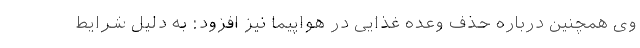
وی همچنین درباره حذف وعده غذایی در هواپیما نیز افزود: به دلیل شرایط